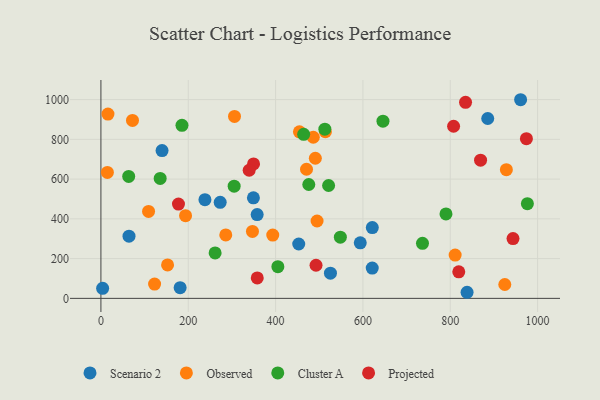
{"axis": {"x": "Study Hours", "y": "Profit"}, "legend": ["Cluster A", "Observed", "Projected", "Scenario 2"], "data": [{"x": "64.3", "y": 312.6, "type": "Scenario 2"}, {"x": "357.8", "y": 421.7, "type": "Scenario 2"}, {"x": "140.0", "y": 743.7, "type": "Scenario 2"}, {"x": "838.5", "y": 30.6, "type": "Scenario 2"}, {"x": "885.8", "y": 904.9, "type": "Scenario 2"}, {"x": "453.0", "y": 273.4, "type": "Scenario 2"}, {"x": "273.1", "y": 483.2, "type": "Scenario 2"}, {"x": "621.3", "y": 152.3, "type": "Scenario 2"}, {"x": "349.2", "y": 505.9, "type": "Scenario 2"}, {"x": "525.6", "y": 126.5, "type": "Scenario 2"}, {"x": "621.5", "y": 356.0, "type": "Scenario 2"}, {"x": "3.9", "y": 50.4, "type": "Scenario 2"}, {"x": "238.2", "y": 496.4, "type": "Scenario 2"}, {"x": "181.4", "y": 53.8, "type": "Scenario 2"}, {"x": "593.9", "y": 279.6, "type": "Scenario 2"}, {"x": "961.1", "y": 999.3, "type": "Scenario 2"}, {"x": "193.8", "y": 416.1, "type": "Observed"}, {"x": "347.0", "y": 336.7, "type": "Observed"}, {"x": "152.6", "y": 168.3, "type": "Observed"}, {"x": "72.3", "y": 895.3, "type": "Observed"}, {"x": "305.9", "y": 915.5, "type": "Observed"}, {"x": "122.9", "y": 71.9, "type": "Observed"}, {"x": "285.9", "y": 318.9, "type": "Observed"}, {"x": "928.5", "y": 647.6, "type": "Observed"}, {"x": "454.6", "y": 837.9, "type": "Observed"}, {"x": "486.3", "y": 810.6, "type": "Observed"}, {"x": "495.0", "y": 389.3, "type": "Observed"}, {"x": "393.5", "y": 318.2, "type": "Observed"}, {"x": "811.2", "y": 218.0, "type": "Observed"}, {"x": "470.8", "y": 649.5, "type": "Observed"}, {"x": "109.1", "y": 437.3, "type": "Observed"}, {"x": "16.1", "y": 927.1, "type": "Observed"}, {"x": "491.0", "y": 704.9, "type": "Observed"}, {"x": "924.9", "y": 69.7, "type": "Observed"}, {"x": "14.8", "y": 633.5, "type": "Observed"}, {"x": "514.1", "y": 838.3, "type": "Observed"}, {"x": "512.8", "y": 851.0, "type": "Cluster A"}, {"x": "305.1", "y": 564.6, "type": "Cluster A"}, {"x": "185.6", "y": 870.3, "type": "Cluster A"}, {"x": "476.0", "y": 572.7, "type": "Cluster A"}, {"x": "736.4", "y": 277.1, "type": "Cluster A"}, {"x": "464.3", "y": 825.2, "type": "Cluster A"}, {"x": "405.2", "y": 159.2, "type": "Cluster A"}, {"x": "521.4", "y": 567.9, "type": "Cluster A"}, {"x": "976.6", "y": 476.3, "type": "Cluster A"}, {"x": "135.7", "y": 603.3, "type": "Cluster A"}, {"x": "63.6", "y": 613.5, "type": "Cluster A"}, {"x": "261.5", "y": 228.8, "type": "Cluster A"}, {"x": "548.3", "y": 307.6, "type": "Cluster A"}, {"x": "790.2", "y": 424.9, "type": "Cluster A"}, {"x": "645.9", "y": 891.3, "type": "Cluster A"}, {"x": "807.6", "y": 865.8, "type": "Projected"}, {"x": "358.0", "y": 102.8, "type": "Projected"}, {"x": "177.6", "y": 474.1, "type": "Projected"}, {"x": "974.4", "y": 803.1, "type": "Projected"}, {"x": "819.5", "y": 133.7, "type": "Projected"}, {"x": "492.6", "y": 166.5, "type": "Projected"}, {"x": "869.4", "y": 695.2, "type": "Projected"}, {"x": "349.5", "y": 676.1, "type": "Projected"}, {"x": "835.0", "y": 986.4, "type": "Projected"}, {"x": "943.7", "y": 300.6, "type": "Projected"}, {"x": "339.5", "y": 644.6, "type": "Projected"}]}